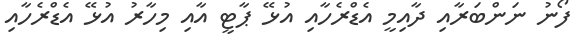
ފޯނު ނަންބަރާއި ދާއިމީ އެޑްރެހާއި އުޅޭ ޕާޓީ އާއި މިހާރު އުޅޭ އެޑްރެހާއި